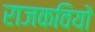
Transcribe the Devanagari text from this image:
राजकवियों